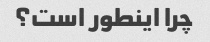
چرا اینطور است؟